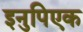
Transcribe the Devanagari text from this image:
इनुपिएक